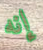
إنه